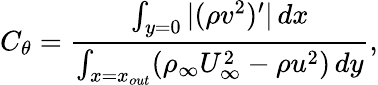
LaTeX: C_{\theta}=\frac{\int_{y=0}|(\rho v^{2})^{\prime}|\, dx}{\int_{x=x_{out}}(\rho_{\infty}U_{\infty}^{2}-\rho u^{2})\, dy},